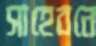
সাহেবনে